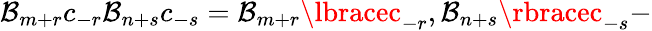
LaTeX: \mathcal{B}_{m+r}c_{-r}\mathcal{B}_{n+s}c_{-s}=\mathcal{B}_{m+r}\lbracec_{-r},\mathcal{B}_{n+s}\rbracec_{-s}-